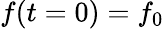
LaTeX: f(t=0)=f_{0}